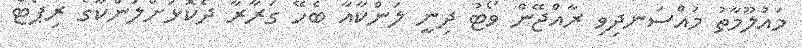
މައުލޫމާތު މުއްސަނދިވި ރާއްޖޭން ވޯޓު ދިނީ ލަންކާއާ ބެހޭ ގަރާރާ ދެކޮޅަށްލަންކާގެ ރިޕޯޓް